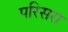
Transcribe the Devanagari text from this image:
परिसरा